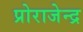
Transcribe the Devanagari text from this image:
प्रोराजेन्द्र